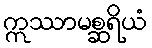
ဣဿာမစ္ဆရိယံ